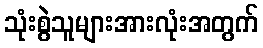
သုံးစွဲသူများအားလုံးအတွက်